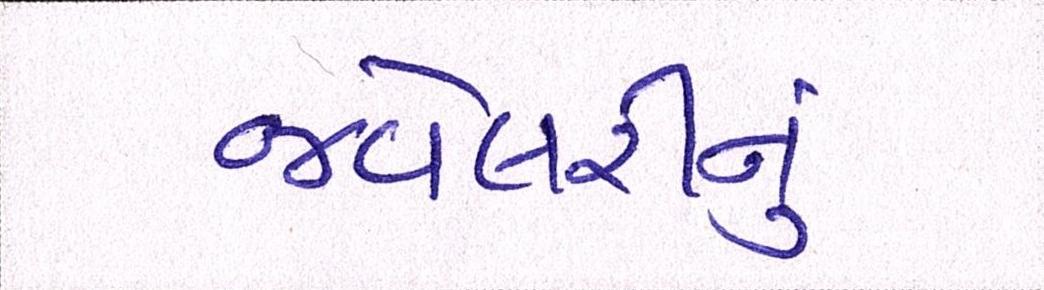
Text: જવેલરીનું